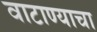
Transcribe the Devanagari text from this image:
वाटाण्याचा